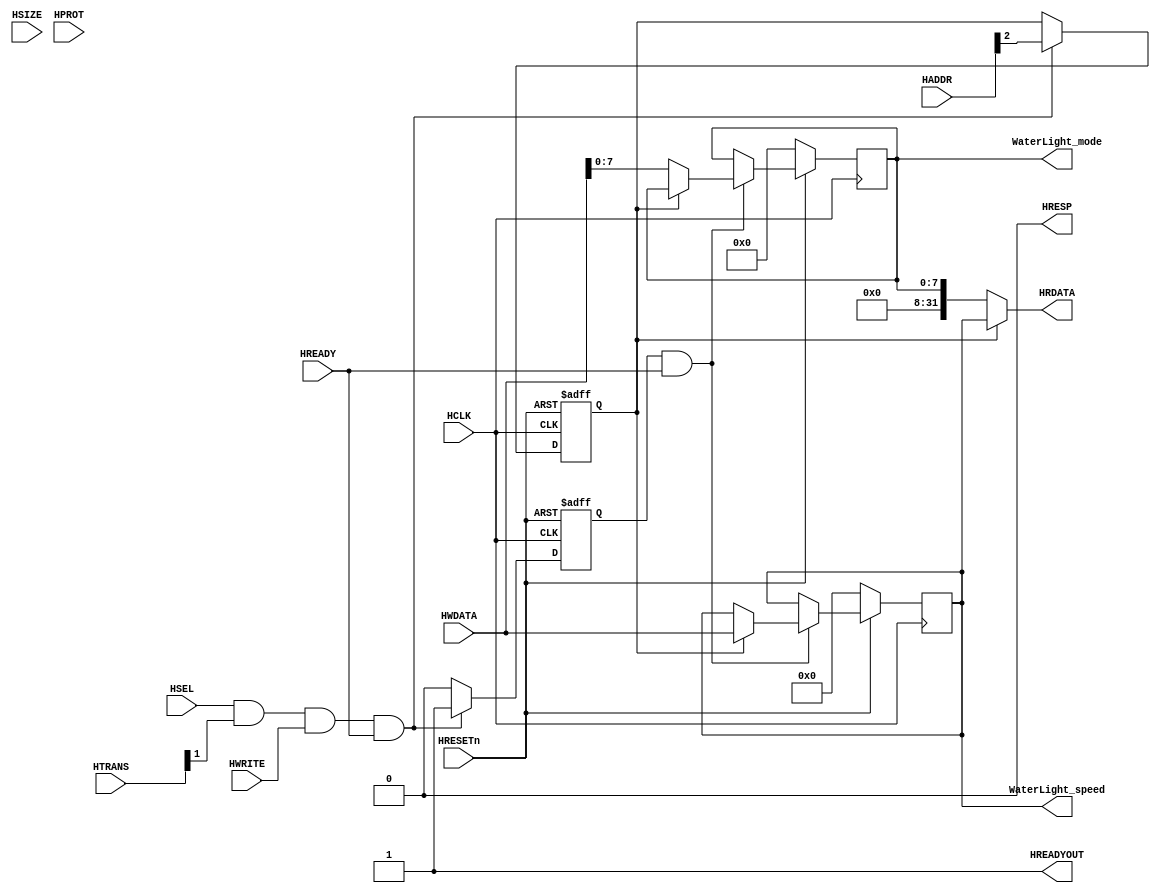
module AHBlite_WaterLight(
    input  wire          HCLK,    
    input  wire          HRESETn, 
    input  wire          HSEL,    
    input  wire   [31:0] HADDR,   
    input  wire    [1:0] HTRANS,  
    input  wire    [2:0] HSIZE,   
    input  wire    [3:0] HPROT,   
    input  wire          HWRITE,  
    input  wire   [31:0] HWDATA,  
    input  wire          HREADY,  
    output wire          HREADYOUT, 
    output wire   [31:0] HRDATA,  
    output wire          HRESP,
    output reg     [7:0] WaterLight_mode,
    output reg     [31:0] WaterLight_speed  
);

assign HRESP = 1'b0;
assign HREADYOUT = 1'b1;

wire write_en;
assign write_en = HSEL & HTRANS[1] & HWRITE & HREADY;

reg addr_reg;
always@(posedge HCLK or negedge HRESETn) begin
  if(~HRESETn) addr_reg <= 1'b0;
  else if(write_en) addr_reg <= HADDR[2];
end

reg wr_en_reg;
always@(posedge HCLK or negedge HRESETn) begin
  if(~HRESETn) wr_en_reg <= 1'b0;
  else if(write_en) wr_en_reg <= 1'b1;
  else wr_en_reg <= 1'b0;
end

always@(posedge HCLK) begin
    if(~HRESETn) begin
        WaterLight_mode <= 8'h00;
        WaterLight_speed <= 32'h00000000;
    end else if(wr_en_reg && HREADY) begin
        if(~addr_reg)
            WaterLight_mode <= HWDATA[7:0];
        else    
            WaterLight_speed <= HWDATA;
    end
end

assign HRDATA = (addr_reg) ? WaterLight_speed : {24'b0,WaterLight_mode};

endmodule